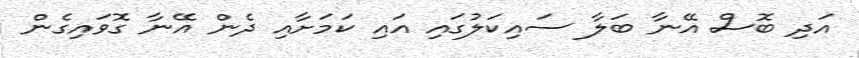
އަދި ބޮސް އޭނާ ބަލާ ސައިކަލުގައި އައި ކަމަށާއި ދެން އޭނާ ގޮވައިގެން